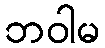
ဘဝါမ